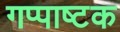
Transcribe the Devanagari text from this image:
गप्पाष्टक